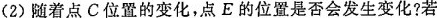
(2)随着点C位置的变化，点E的位置是否会发生变化?若